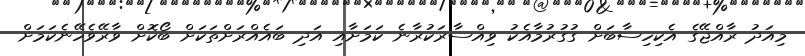
މިއަދު ރާއްޖޭގެ އެކިހިސާބަށް ގުގުރުމާއެކު ވިއްސާރަކުރާނެ ކަމަށާއި އަދި ބައެއްރަށްތަކަށް ބޯކޮށް ވާރޭވެހޭނެކަމަށް